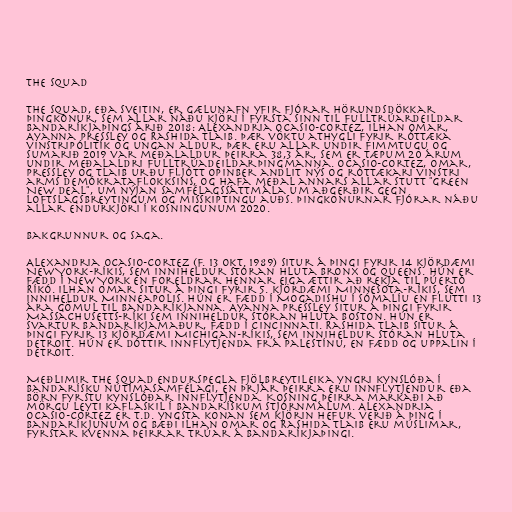
The Squad

The Squad, eða Sveitin, er gælunafn yfir fjórar hörundsdökkar
þingkonur, sem allar náðu kjöri í fyrsta sinn til fulltrúardeildar
Bandaríkjaþings árið 2018: Alexandria Ocasio-Cortez, Ilhan Omar,
Ayanna Pressley og Rashida Tlaib. Þær vöktu athygli fyrir róttæka
vinstripólitík og ungan aldur, þær eru allar undir fimmtugu og
sumarið 2019 var meðalaldur þeirra 38,3 ár, sem er tæpum 20 árum
undir meðalaldri fulltrúadeildarþingmanna. Ocasio-Cortez, Omar,
Pressley og Tlaib urðu fljótt opinber andlit nýs og róttækari vinstri
arms Demókrataflokksins, og hafa meðal annars allar stutt "Green
New Deal", um nýjan samfélagssáttmála um aðgerðir gegn
loftslagsbreytingum og misskiptingu auðs. Þingkonurnar fjórar náðu
allar endurkjöri í kosningunum 2020.

Bakgrunnur og saga.

Alexandria Ocasio-Cortez (f. 13 okt. 1989) situr á þingi fyrir 14 kjördæmi
New York-ríkis, sem inniheldur stóran hluta Bronx og Queens. Hún er
fædd í New York en foreldrar hennar eiga ættir að rekja til Púertó
Ríkó. Ilhan Omar situr á þingi fyrir 5. kjördæmi Minnesota-ríkis, sem
inniheldur Minneapolis. Hún er fædd í Mogadishu í Sómalíu en flutti 13
ára gömul til Bandaríkjanna. Ayanna Pressley situr á þingi fyrir
Massachusetts-ríki sem inniheldur stóran hluta Boston. Hún er
svartur Bandaríkjamaður, fædd í Cincinnati. Rashida Tlaib situr á
þingi fyrir 13 kjördæmi Michigan-ríkis, sem inniheldur stóran hluta
Detroit. Hún er dóttir innflytjenda frá Palestínu, en fædd og uppalin í
Detroit.

Meðlimir The Squad endurspegla fjölbreytileika yngri kynslóða í
bandarísku nútímasamfélagi, en þrjár þeirra eru innflytjendur eða
börn fyrstu kynslóðar innflytjenda. Kosning þeirra markaði að
mörgu leyti kaflaskil í bandarískum stjórnmálum. Alexandria
Ocasio-Cortez er t.d. yngsta konan sem kjörin hefur verið á þing í
Bandaríkjunum og bæði Ilhan Omar og Rashida Tlaib eru múslimar,
fyrstar kvenna þeirrar trúar á Bandaríkjaþingi.